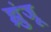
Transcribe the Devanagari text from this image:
झुंजू